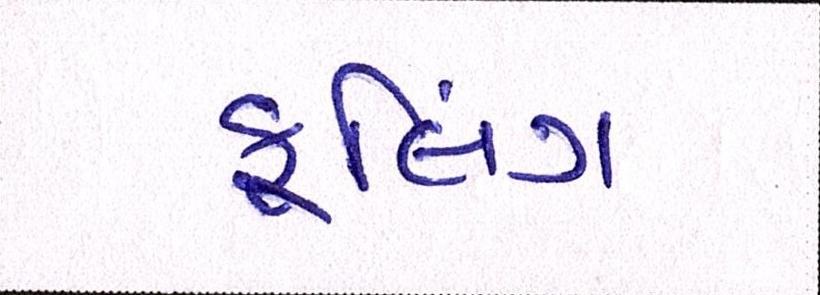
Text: કૂલિંગ